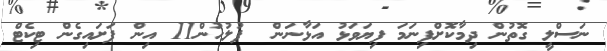
ނަސްލީ ގޮތުން ދިމާކޮށްފިނަމަ ފިޔަވަޅު އަޅާނަން  ފުލުހުން11 އިން ފަށައިގެން ޓިކެޓް